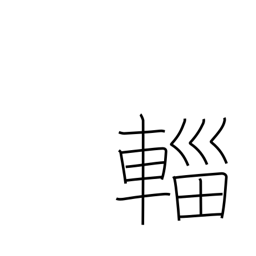
Meaning: canopied cart